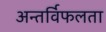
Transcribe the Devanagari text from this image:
अन्तर्विफलता